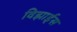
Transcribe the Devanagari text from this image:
विझार्ड्‌स